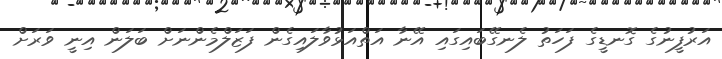
އަރުފީނުގެ ގޮނޑީގެ ފަހަތު ލެނގޭބައިގައި އޭނާ އަތްއަޅުވާލައިގެން ފަޒަލްމެންނަށް ބަލަން އިނީ ވަރަށް